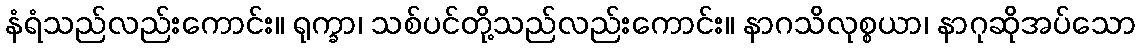
နံရံသည်လည်းကောင်း။ ရုက္ခာ၊ သစ်ပင်တို့သည်လည်းကောင်း။ နာဂသိလုစ္စယာ၊ နာဂုဆိုအပ်သော